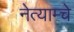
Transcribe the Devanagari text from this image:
नेत्याम्चे